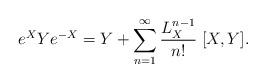
LaTeX: \begin{align*}e^X Y e^{-X} = Y + \sum_{n=1}^\infty {L_X^{n-1}\over n!}\; [X,Y].\end{align*}